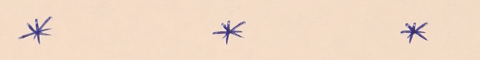
*		*		*